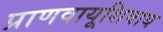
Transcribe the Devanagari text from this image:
प्राणवायूशिवाय